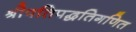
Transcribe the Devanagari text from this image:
श्रीपतिपद्धतिगणित